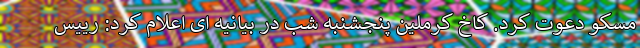
مسکو دعوت کرد. کاخ کرملین پنجشنبه شب در بیانیه ای اعلام کرد: رییس